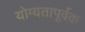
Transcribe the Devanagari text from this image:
योग्‍यतापूर्वक